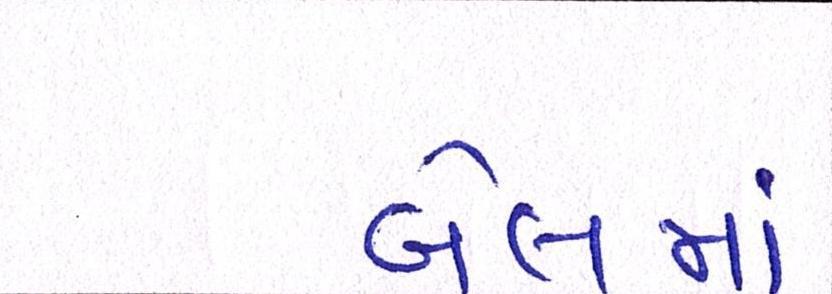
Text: બેલમાં